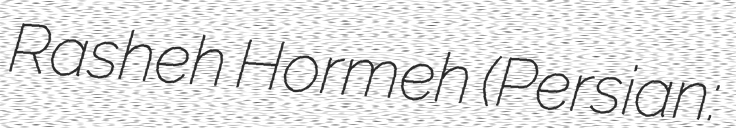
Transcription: Rasheh Hormeh (Persian: